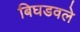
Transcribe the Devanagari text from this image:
बिघडवले